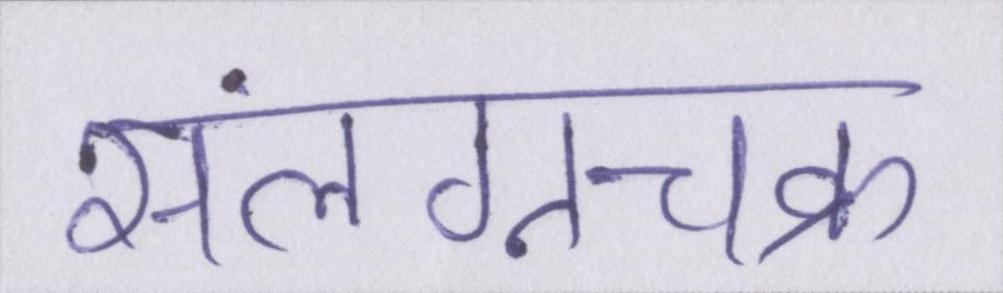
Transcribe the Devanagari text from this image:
संलग्नचक्र